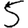
Digit: 5